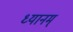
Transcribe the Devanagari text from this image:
ध्यानम्